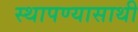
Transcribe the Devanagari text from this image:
स्थापण्यासाथी